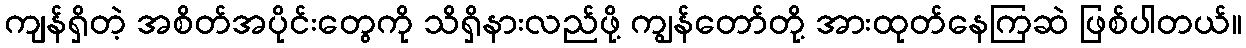
ကျန်ရှိတဲ့ အစိတ်အပိုင်းတွေကို သိရှိနားလည်ဖို့ ကျွန်တော်တို့ အားထုတ်နေကြဆဲ ဖြစ်ပါတယ်။